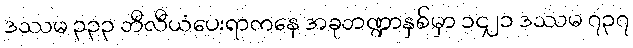
ဒဿမ ၃၃၃ ဘီလီယံပေးရာကနေ အခုဘဏ္ဍာနှစ်မှာ ၁၄၂၁ ဒဿမ ၇၃၇